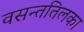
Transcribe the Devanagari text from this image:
वसन्ततिलका